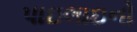
પાઇલાઇનો